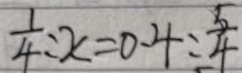
\frac { 1 } { 4 } : x = 0 . 4 : \frac { 5 } { 4 }